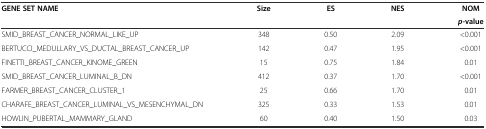
| <ROWSPAN=2> GENE SET NAME | <ROWSPAN=2> Size | <ROWSPAN=2> ES | <ROWSPAN=2> NES | NOM |
 | p-value |
 | --- | --- | --- | --- | --- |
 | SMID_BREAST_CANCER_NORMAL_LIKE_UP | 348 | 0.50 | 2.09 | <0.001 |
 | BERTUCCI_MEDULLARY_VS_DUCTAL_BREAST_CANCER_UP | 142 | 0.47 | 1.95 | <0.001 |
 | FINETTI_BREAST_CANCER_KINOME_GREEN | 15 | 0.75 | 1.84 | 0.01 |
 | SMID_BREAST_CANCER_LUMINAL_B_DN | 412 | 0.37 | 1.70 | <0.001 |
 | FARMER_BREAST_CANCER_CLUSTER_1 | 25 | 0.66 | 1.70 | 0.01 |
 | CHARAFE_BREAST_CANCER_LUMINAL_VS_MESENCHYMAL_DN | 325 | 0.33 | 1.53 | 0.01 |
 | HOWLIN_PUBERTAL_MAMMARY_GLAND | 60 | 0.40 | 1.50 | 0.03 |